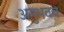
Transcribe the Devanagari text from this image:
अनुभवच